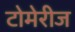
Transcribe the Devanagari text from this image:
टोमेरीज